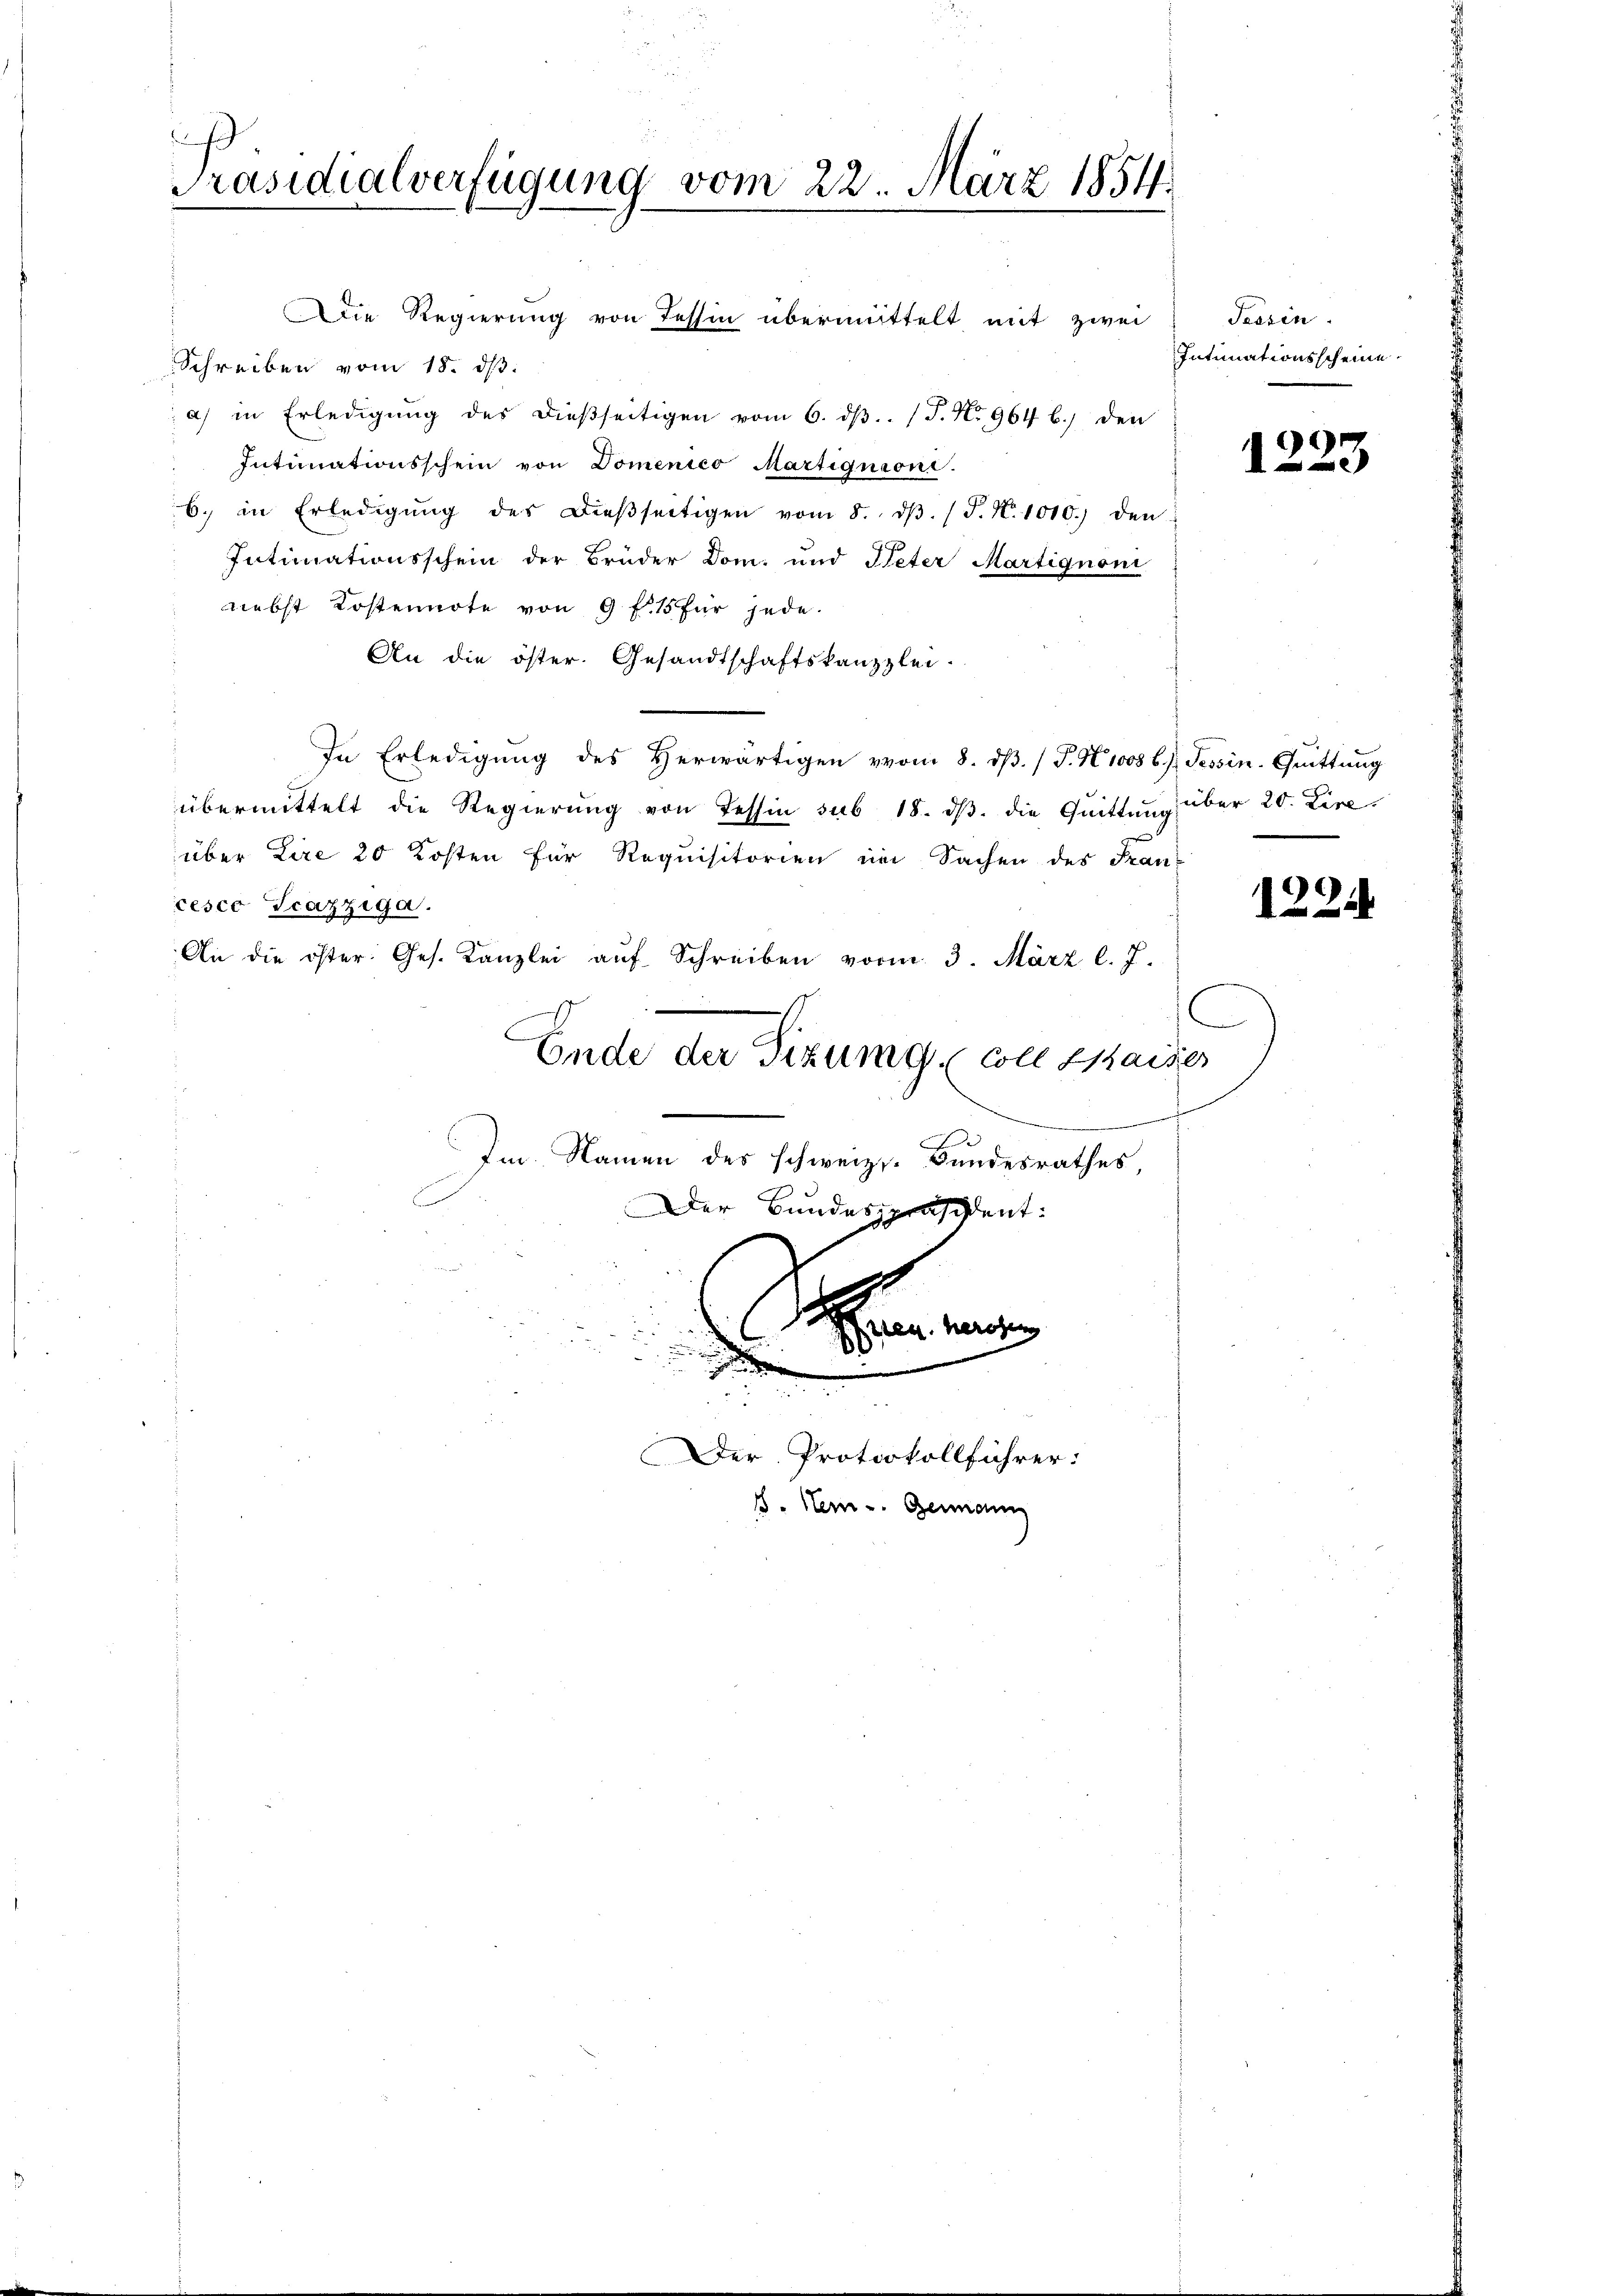
E
Präsidialverfügung vom 22. März 1854.

Schreiben vom 18. ds.
a) in Erledigung des dießseitigen vom 6. dβ. (T. No 964 b.) den
Intimationsschein von Domenico Martignione.
6. in Erledigŭng des dieβseitigen vom 8. dβ. (T. N. 1010.) den
Intimationsschein der Brüder Dom. und Peter Martignoni
nebst Kostennote von 9 f 15 für jede
An die öster. Gesandtschaftskanzlei-
In Erledigŭng des Herwärtigen vom 8. dβ. / P. N. 1008 b.) Tessin-Grüttung
übermittelt die Regierung von Tessin sub 18. dβ. die Quittung
über Lire 20 Kosten für Requisitorien im Sachen des Francesco Tcazziga.
An die öster. Ges. Kanzlei aŭf Schreiben vom 3. März l. J.
Ende der Sizung (coll staiser
Im Namen des schweiz. Bundesrathes,
Der Bundespräsident:
Ich
s
b

Die Regierung von Tessin übermittelt mit zwei

Der Protokollführer:
. Item u. Genann

Tessin
Intimationsscheine

e
d

über 20. Dire

1224